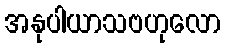
အနုပါယာသဗဟုလော